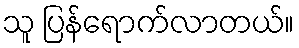
သူ ပြန်ရောက်လာတယ်။